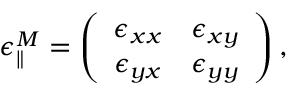
\epsilon _ { \parallel } ^ { M } = \left( \begin{array} { c c } { \epsilon _ { x x } } & { \epsilon _ { x y } } \\ { \epsilon _ { y x } } & { \epsilon _ { y y } } \end{array} \right) ,